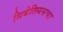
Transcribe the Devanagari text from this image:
सिबेलियसचा